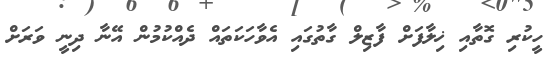
ހީކުރި ގޮތާއި ޚިލާފަށް ފާޒިލް ގާތުގައި އެވާހަކަތައް ދެއްކުމުން އޭނާ ދިނީ ވަރަށް